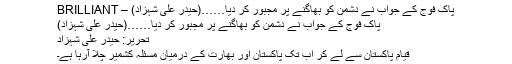
پاک فوج کے جواب نے دشمن کو بھاگنے پر مجبور کر دیا……(حیدر علی شہزاد) – BRILLIANT
پاک فوج کے جواب نے دشمن کو بھاگنے پر مجبور کر دیا……(حیدر علی شہزاد)
تحریر: حیدر علی شہزاد
قیام پاکستان سے لے کر اب تک پاکستان اور بھارت کے درمیان مسئلہ کشمیر چلا آرہا ہے۔